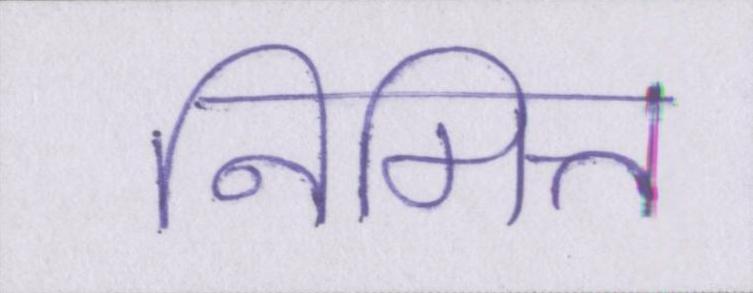
निमित्त